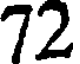
72